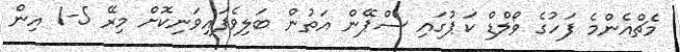
މެޗްއެންމެ ފަހުގެ ވޯލްޑް ކަޕުގައި ސްޕޭން އަތުން ބަލިވެފައިވަނިކޮށް މިރޭ 5-1 އިން